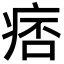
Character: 痞